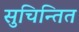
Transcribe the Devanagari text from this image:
सुचिन्तित